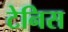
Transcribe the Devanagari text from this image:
टेनिस